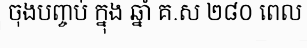
ចុងបញ្ចប់ ក្នុង ឆ្នាំ គ.ស ២៨០ ពេល